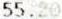
55.20